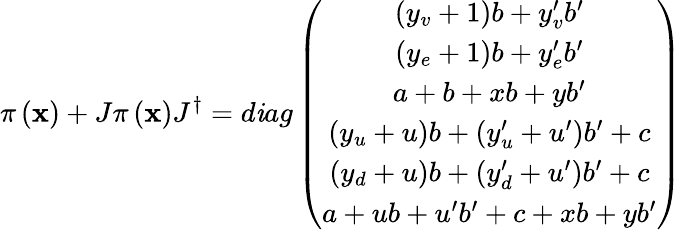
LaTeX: \pi\left(\mathbf{x}\right)+J\pi\left(\mathbf{x}\right)J^{\dagger}=d\mathit{i}ag\left(\begin{array}{c}{{\left(y_{v}+1\right)b+y_{v}^{\prime}b^{\prime}}}\\ {{\left(y_{e}+1\right)b+y_{e}^{\prime}b^{\prime}}}\\ {{a+b+xb+yb^{\prime}}}\\ {{\left(y_{u}+u\right)b+\left(y_{u}^{\prime}+u^{\prime}\right)b^{\prime}+c}}\\ {{\left(y_{d}+u\right)b+\left(y_{d}^{\prime}+u^{\prime}\right)b^{\prime}+c}}\\ {{a+ub+u^{\prime}b^{\prime}+c+xb+yb^{\prime}}}\end{array}\right)